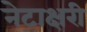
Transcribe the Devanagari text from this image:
नेटाक्षरी